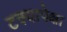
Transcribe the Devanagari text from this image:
टक्यापेक्षा